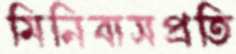
মিনিবাসপ্রতি